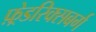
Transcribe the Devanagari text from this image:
फ़्रेडरिक्सबर्ग